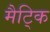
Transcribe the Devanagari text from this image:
मैट्कि